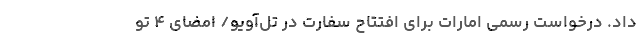
داد. درخواست رسمی امارات برای افتتاح سفارت در تل‌آویو/ امضای ۴ تو